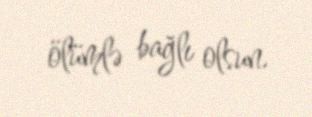
ölümlə bağlı olsun.